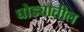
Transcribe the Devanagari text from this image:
घोड्यातील